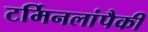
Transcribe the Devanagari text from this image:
टर्मिनलांपैकी